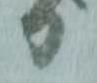
り